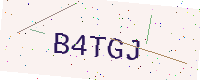
Text: B4TGJ